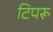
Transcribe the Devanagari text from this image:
टिपरू